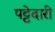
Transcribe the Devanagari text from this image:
पट्टेदारी